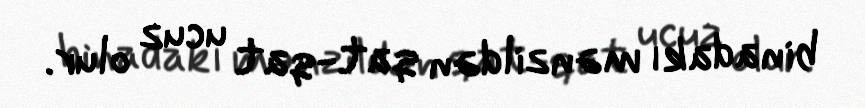
binadakı mənzildən qat-qat ucuz olur.